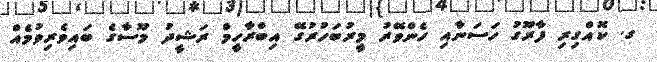
ގ. ކޮއްގިރި ފާރޫގު ހަސަނާއި ހެންވޭރު މީރުބަހުރުގޭ އިބްރާހީމް ރަޝީދު މޫސާގެ ބައިވެރިވުމެއް